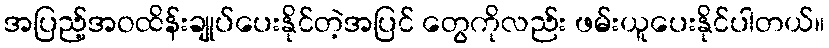
အပြည့်အဝထိန်းချုပ်ပေးနိုင်တဲ့အပြင် တွေကိုလည်း ဖမ်းယူပေးနိုင်ပါတယ်။